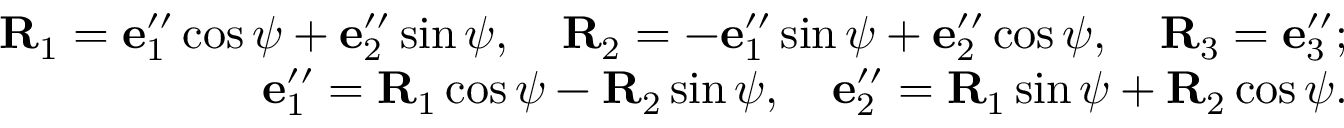
\begin{array} { r } { { \bf R } _ { 1 } = { \bf e } _ { 1 } ^ { \prime \prime } \cos \psi + { \bf e } _ { 2 } ^ { \prime \prime } \sin \psi , \quad { \bf R } _ { 2 } = - { \bf e } _ { 1 } ^ { \prime \prime } \sin \psi + { \bf e } _ { 2 } ^ { \prime \prime } \cos \psi , \quad { \bf R } _ { 3 } = { \bf e } _ { 3 } ^ { \prime \prime } ; } \\ { { \bf e } _ { 1 } ^ { \prime \prime } = { \bf R } _ { 1 } \cos \psi - { \bf R } _ { 2 } \sin \psi , \quad { \bf e } _ { 2 } ^ { \prime \prime } = { \bf R } _ { 1 } \sin \psi + { \bf R } _ { 2 } \cos \psi . } \end{array}